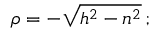
\textstyle \rho = - { \sqrt { h ^ { 2 } - n ^ { 2 } } } \, ;